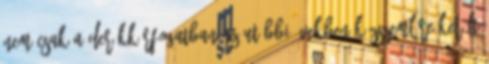
Nem csak a derékkörfogatban Az utóbbi években közszemlére került